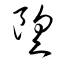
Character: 望